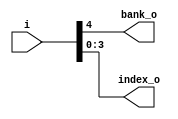
module bsg_hash_bank_banks_p2_width_p5
(
  i,
  bank_o,
  index_o
);

  input [4:0] i;
  output [0:0] bank_o;
  output [3:0] index_o;
  wire [0:0] bank_o;
  wire [3:0] index_o;
  wire index_o_3_,index_o_2_,index_o_1_,index_o_0_;
  assign bank_o[0] = i[4];
  assign index_o_3_ = i[3];
  assign index_o[3] = index_o_3_;
  assign index_o_2_ = i[2];
  assign index_o[2] = index_o_2_;
  assign index_o_1_ = i[1];
  assign index_o[1] = index_o_1_;
  assign index_o_0_ = i[0];
  assign index_o[0] = index_o_0_;

endmodule